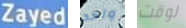
Zayed واحد لوقت